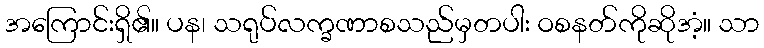
အကြောင်းရှိ၏။ ပန၊ သရုပ်လက္ခဏာစသည်မှတပါး ဝစနတ်ကိုဆိုအံ့။ သာ